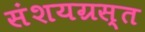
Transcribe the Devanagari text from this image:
संशयग्रस्त